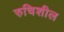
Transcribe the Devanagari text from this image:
रुचिशील